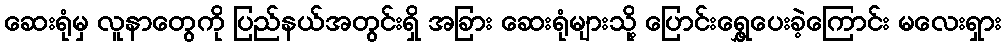
ဆေးရုံမှ လူနာတွေကို ပြည်နယ်အတွင်းရှိ အခြား ဆေးရုံများသို့ ပြောင်းရွှေ့ပေးခဲ့ကြောင်း မလေးရှား